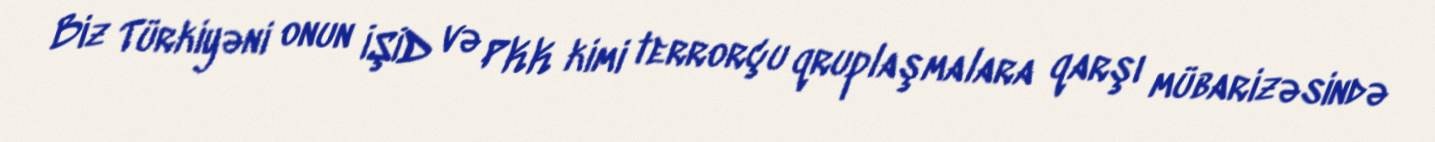
Biz Türkiyəni onun İŞİD və PKK kimi terrorçu qruplaşmalara qarşı mübarizəsində